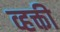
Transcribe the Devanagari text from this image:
व्हक्ती